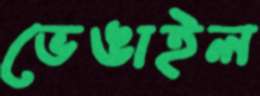
ভেঙাইল